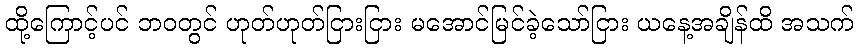
ထို့ကြောင့်ပင် ဘဝတွင် ဟုတ်ဟုတ်ငြားငြား မအောင်မြင်ခဲ့သော်ငြား ယနေ့အချိန်ထိ အသက်